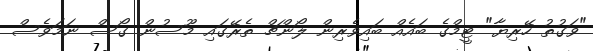
"ވަގުތު ހޭރިޔާ" ޓީމްގެ ބައެއް ބައިވެރިން ލޯންޗް ތެރޭގައި މޫސުން ގޯސް ނަމަވެސް